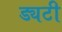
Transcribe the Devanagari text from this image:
ड्यटी